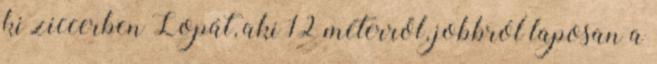
ki ziccerben Lopát, aki 12 méterről, jobbról laposan a